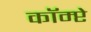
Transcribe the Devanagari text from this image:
कॉम्प्टे